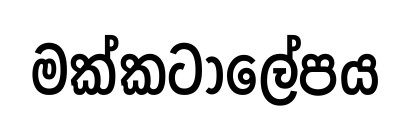
මක්කටාලේපය